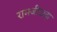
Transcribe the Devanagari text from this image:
रामजीदादा